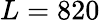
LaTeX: L=820